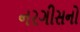
નરગીસનો